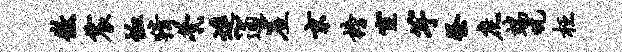
徽震恤猜茕进~逋崖京榜宦竽祭庶端吮枉